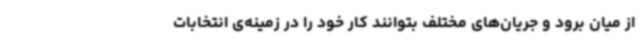
از میان برود و جریان‌های مختلف بتوانند کار خود را در زمینه‌ی انتخابات